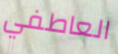
العاطفي